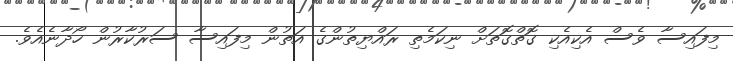
މިފައިސާ ވެސް އެކިއެކި ގޮތްގޮތަށް ނިކަމެތި ރައްޔިތުންގެ އަތުން މިފައިސާ ސަރުކާރުން ހޯދާނެއެވެ.